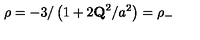
\rho = - 3 / \left( 1 + 2 { \bf Q } ^ { 2 } / a ^ { 2 } \right) = \rho _ { - }